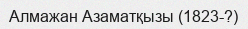
Алмажан Азаматқызы (1823-?)